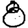
Digit: 8